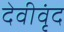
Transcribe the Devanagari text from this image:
देवीवृंद